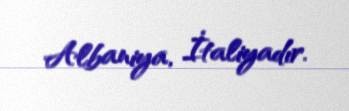
Albaniya, İtaliyadır.